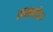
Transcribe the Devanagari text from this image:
सम्मतीय।